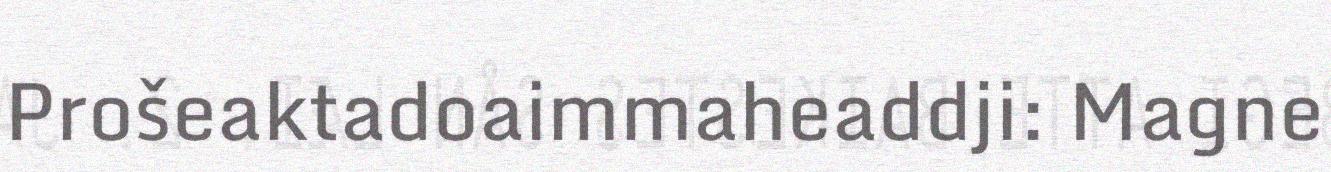
Prošeaktadoaimmaheaddji: Magne